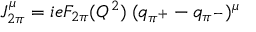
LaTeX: J _ { 2 \pi } ^ { \mu } = i e F _ { 2 \pi } ( Q ^ { 2 } ) \; ( q _ { \pi ^ { + } } - q _ { \pi ^ { - } } ) ^ { \mu }